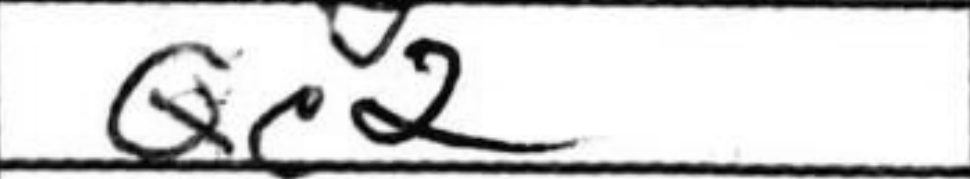
Transcription: Qc2